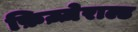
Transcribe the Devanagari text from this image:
फ़िज़्ज़ेराल्ड